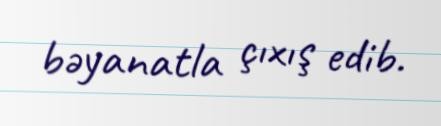
bəyanatla çıxış edib.